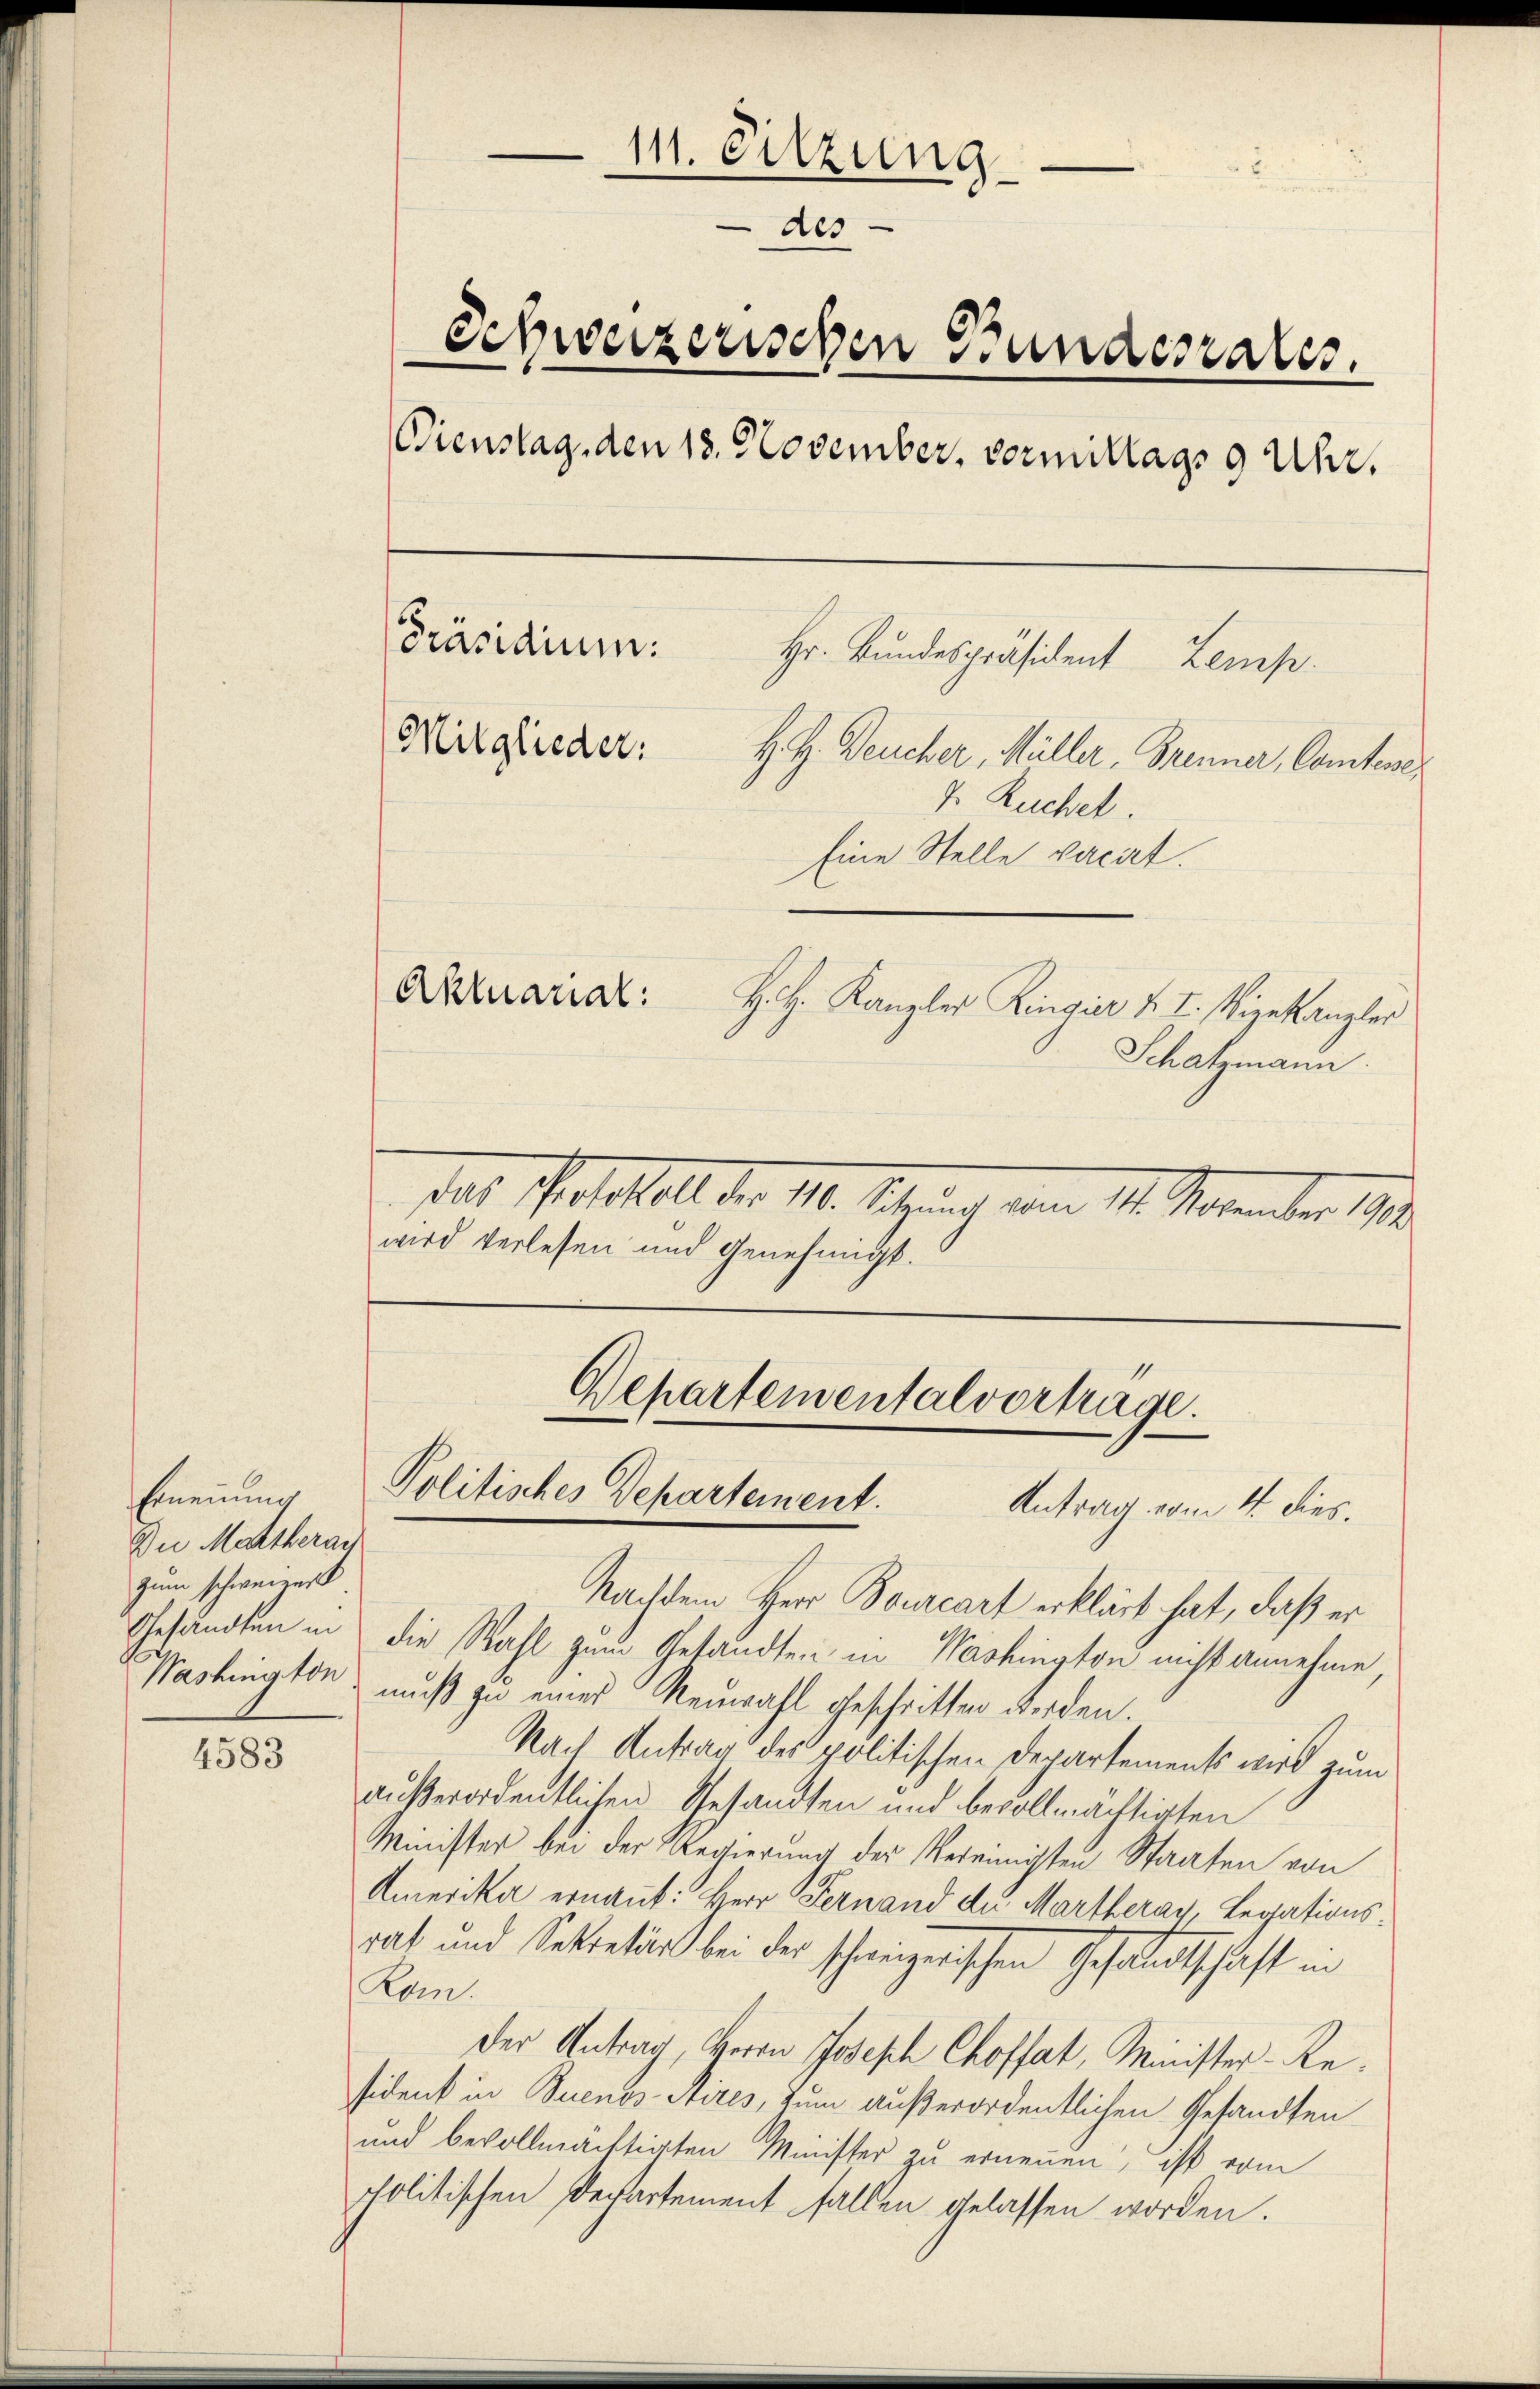
Ernennung
Du Mettlerach
zum schweizer

4583

111. Sitzung
des
Schweizerischen Bundesrates.
Dienstag, den 18. November, vormittags 9 Uhr.
Präsidium. Hr. Bundespräsident Lemp.
Mitglieder.
H. H. Deucher, Müller, Brenner, Comtener
7. Ruchel.
Eine Stelle vacat.
Aktuarial:
H. H. Kanzler Ringier v. I. Vizekanzler
Schatzmann.

dat Petitel der 18. Sitzung vom 14. September 1890.
wird verlesen und Genehmigt.

Gepartementalvertrage.
Politisches Departement.
Antrag vom 4. dies.

Nachdem Herr Bourcart erklärt hat, daß er
Gesandten in die Wahl zum Gesandten in Washington nicht annehme
Washington, muß zu einer Neuwahl geschritten werden.
Nach Antrag des politischen Departements wird zum
außerordentlichen Gesandten und bevollmächtigten
Minister bei der Regierung der Vereinigten Staaten von
Amerika ernannt: Herr Fernand der Martheray, Legations¬
Tat und Sekretär bei der schweizerischen Gehaltentschaft in
Rom.
Der Antrag, Herrn Joseph Choffat, Minister-Resident in Buenos Aires, zum außerordentlichen Gesandten
und bevollmächtigten Minister zu ernennen, ist vom
politischen Departement fallen gelassen worden.